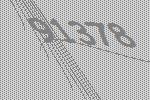
91378